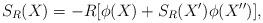
LaTeX: \begin{align*}S_R(X)=-R[\phi(X)+S_R(X^\prime)\phi(X^{\prime\prime})],\end{align*}